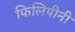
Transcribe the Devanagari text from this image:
फिलिपीनी